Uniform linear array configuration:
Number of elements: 32
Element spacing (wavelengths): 0.25
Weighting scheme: binomial
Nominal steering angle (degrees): -60
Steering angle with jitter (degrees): -58.429
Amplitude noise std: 0.05
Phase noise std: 0.05

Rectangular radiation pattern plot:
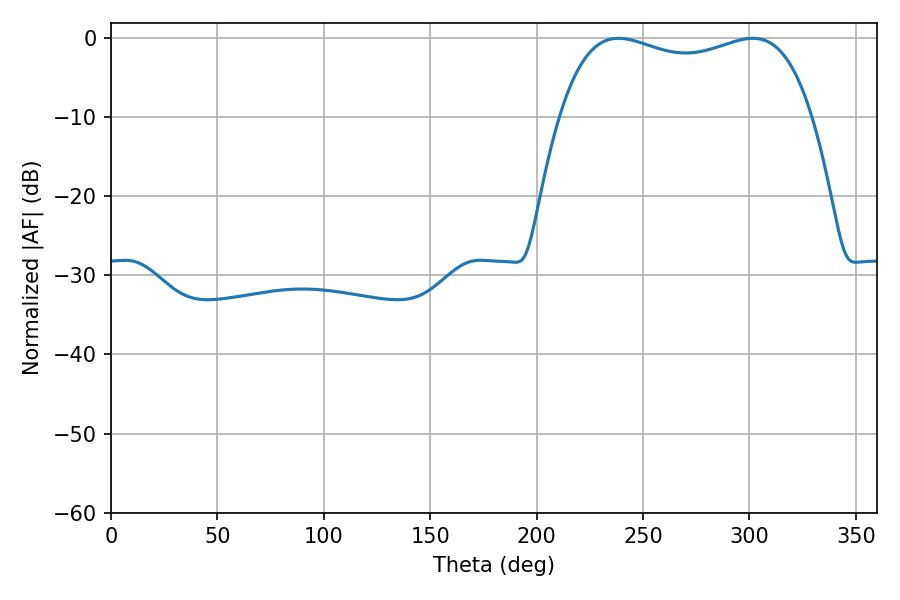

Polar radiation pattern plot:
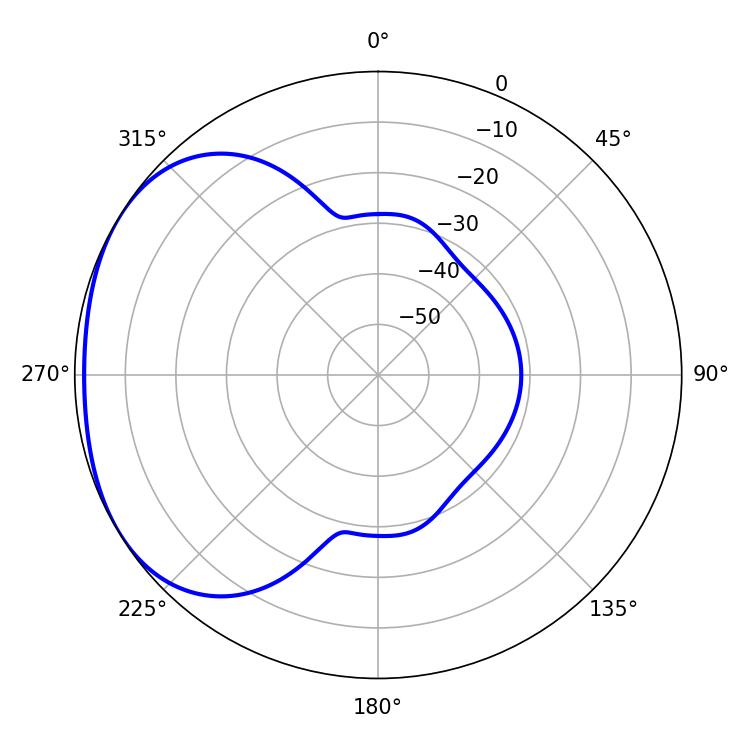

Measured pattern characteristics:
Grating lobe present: FALSE
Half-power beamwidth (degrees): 96.84
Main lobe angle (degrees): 238.5